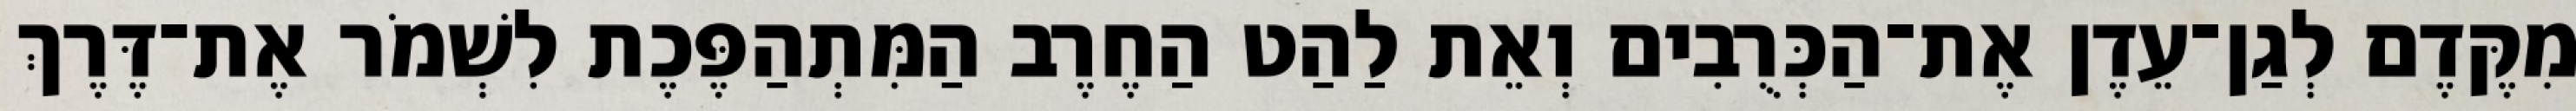
מִקֶּדֶם לְגַן־עֵדֶן אֶת־הַכְּרֻבִים וְאֵת לַהַט הַחֶרֶב הַמִּתְהַפֶּכֶת לִשְׁמֹר אֶת־דֶּרֶךְ